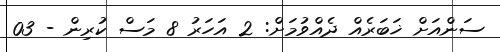
ސަންއަށް ޚަބަރެއް ދެއްވުމަށް: 2 އަހަރު 8 މަސް ކުރިން - 03